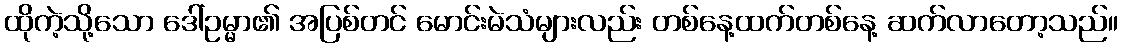
ထိုကဲ့သို့သော ဒေါ်ဥမ္မာ၏ အပြစ်တင် မောင်းမဲသံများလည်း တစ်နေ့ထက်တစ်နေ့ ဆက်လာတော့သည်။